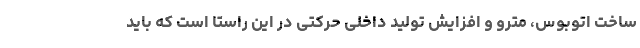
ساخت اتوبوس، مترو و افزایش تولید داخلی حرکتی در این راستا است که باید